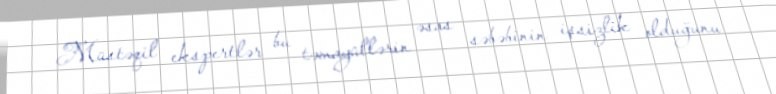
Müstəqil ekspertlər bu təmayüllərin əsas səbəbinin işsizlik olduğunu